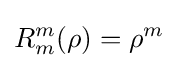
R_{m}^{m}(\rho )=\rho ^{m}